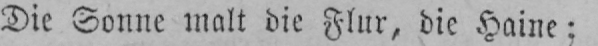
Die Sonne malt die Flur, die Haine;